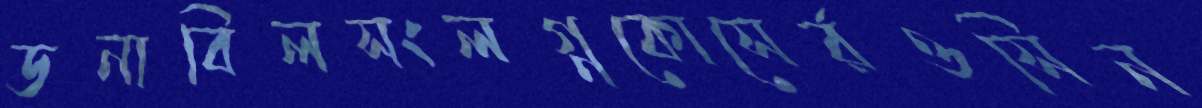
ডনাবিলসংলগ্নকোসের্রওসিন